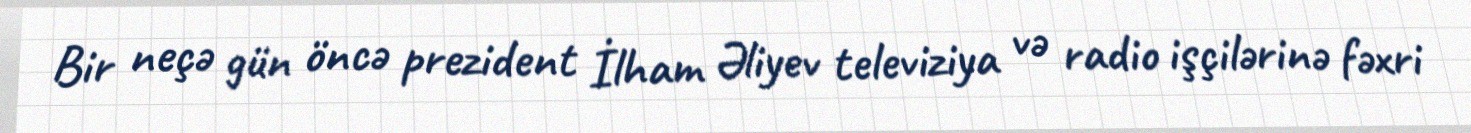
Bir neçə gün öncə prezident İlham Əliyev televiziya və radio işçilərinə fəxri